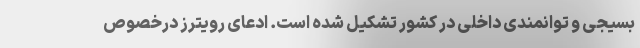
بسیجی و توانمندی داخلی در کشور تشکیل شده است. ادعای رویترز درخصوص